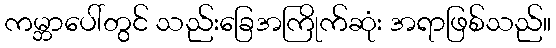
ကမ္ဘာပေါ်တွင် သည်းခြေအကြိုက်ဆုံး အရာဖြစ်သည်။